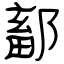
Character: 鄐